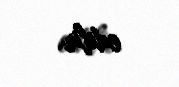
edilir.